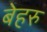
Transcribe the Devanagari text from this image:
बेहरु